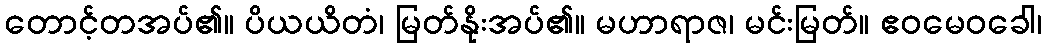
တောင့်တအပ်၏။ ပိယယိတံ၊ မြတ်နိုးအပ်၏။ မဟာရာဇ၊ မင်းမြတ်။ ဧဝမေဝခေါ၊